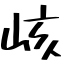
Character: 峐